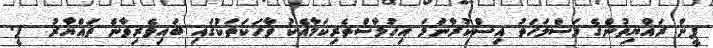
ޕީން ރައްޔިތުންގެ މަސްލަހަތު އިސްކުރާނަމަ އިހުލާސްތެރިކަމާއެކު ވާހަކަތަކުގައި ބައިވެރިވާން ތައްޔާރު  ޕީ.